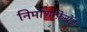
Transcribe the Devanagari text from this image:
निर्माणफ़िरोज़